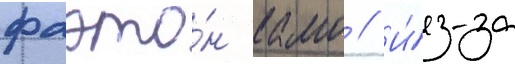
фаэто́н камо // И́з-за